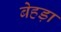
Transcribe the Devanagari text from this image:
बेहड़ा